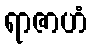
ရာဇာဟံ